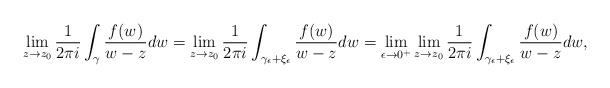
\begin{align*}\lim_{z\rightarrow z_{0}}\frac{1}{2\pi i}\int_{\gamma}\frac{f(w)}{w-z}dw=\lim_{z\rightarrow z_{0}}\frac{1}{2\pi i}\int_{\gamma_{\epsilon}+\xi_{\epsilon}}\frac{f(w)}{w-z}dw=\lim_{\epsilon\rightarrow0^{+}}\lim_{z\rightarrow z_{0}}\frac{1}{2\pi i}\int_{\gamma_{\epsilon}+\xi_{\epsilon}}\frac{f(w)}{w-z}dw,\end{align*}